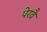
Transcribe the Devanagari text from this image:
पेरवै